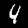
Label: 4